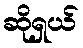
ဆိုရှယ်